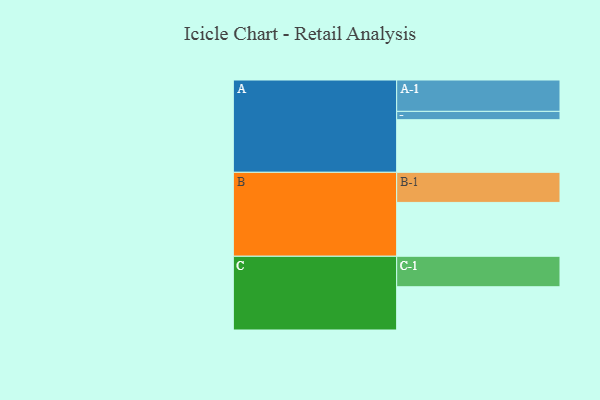
{"axis": {"x": "Segment", "y": "Value"}, "legend": ["", "A", "B", "C"], "data": [{"x": "A", "y": 416, "type": ""}, {"x": "B", "y": 426, "type": ""}, {"x": "C", "y": 342, "type": ""}, {"x": "A-1", "y": 248, "type": "A"}, {"x": "A-2", "y": 66, "type": "A"}, {"x": "B-1", "y": 238, "type": "B"}, {"x": "C-1", "y": 241, "type": "C"}]}